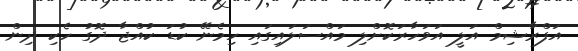
އަފްރާޝިމް އަލީ އަވަހާރަކޮށްލި މައްސަލައިގައި ހިމެނޭ ކުޑަ ކުއްޖާ ދޮގު ހެކި ދިން